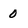
Character: 0